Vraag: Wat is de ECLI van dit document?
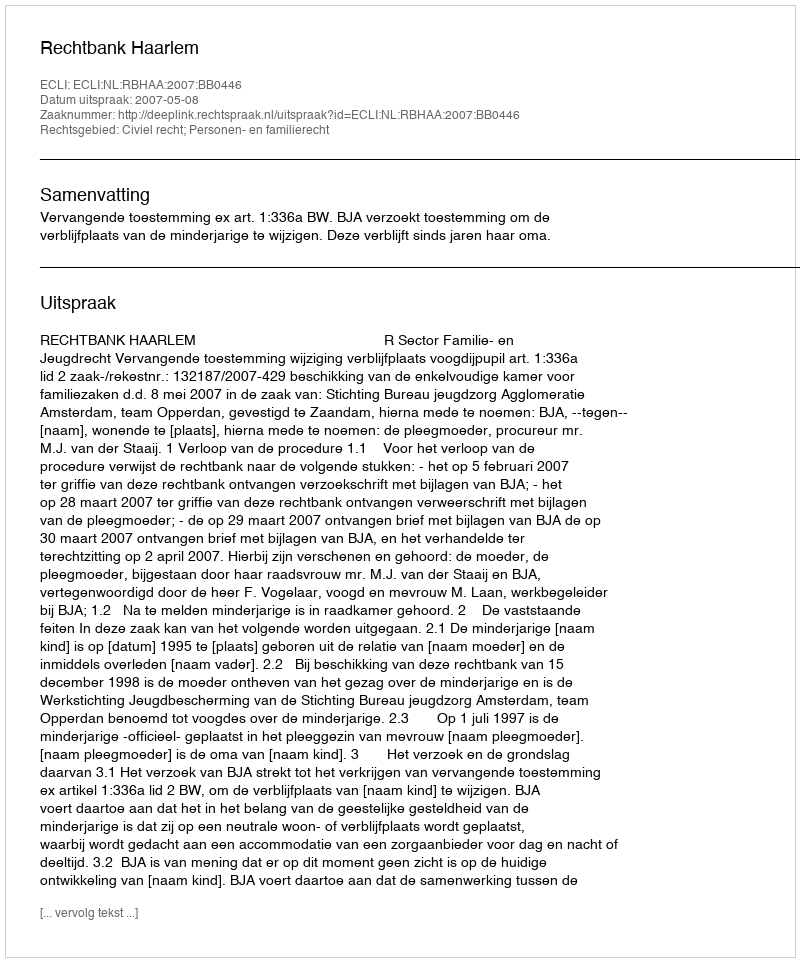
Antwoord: ECLI:NL:RBHAA:2007:BB0446